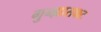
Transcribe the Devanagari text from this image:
गुन्ह्यासकट